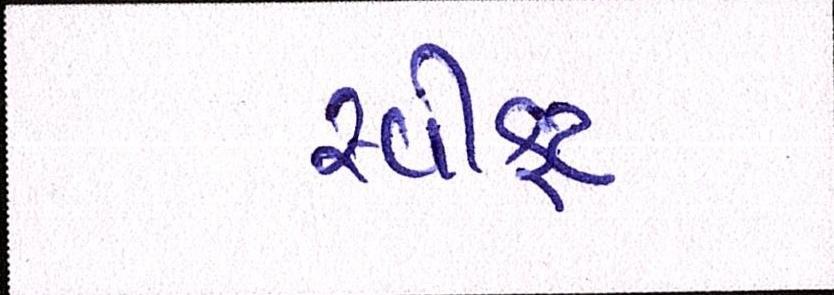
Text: સ્વીફટ